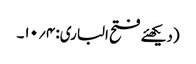
(دیکھئے فتح الباری: ۴؍۱۰۔